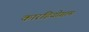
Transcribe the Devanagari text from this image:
कारडियोग्राम